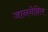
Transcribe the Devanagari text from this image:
जाननेहित